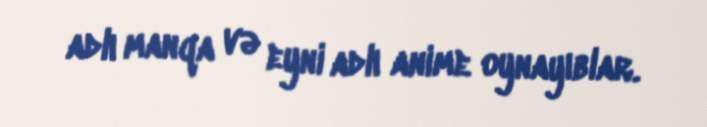
adlı manqa və eyni adlı anime oynayıblar.